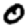
Digit: 0